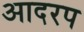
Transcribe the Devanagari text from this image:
आदरप